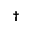
^ { \dagger }